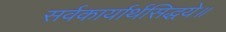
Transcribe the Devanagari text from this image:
सर्वकार्यार्थसिद्धये॥